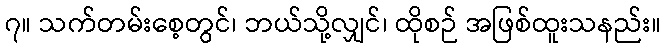
၇။ သက်တမ်းစေ့တွင်၊ ဘယ်သို့လျှင်၊ ထိုစဉ် အဖြစ်ထူးသနည်း။